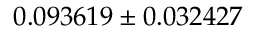
0 . 0 9 3 6 1 9 \pm 0 . 0 3 2 4 2 7